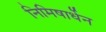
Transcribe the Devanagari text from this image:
निमिषार्धेन